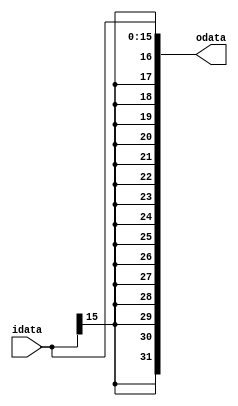
module sign_extension (
	input  [15:0] idata,
	output  reg [31:0] odata
);

	

	always @( idata) begin
    odata[31:0] <= { {16{idata[15]}}, idata[15:0] };
end

endmodule